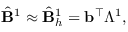
\begin{array} { r } { \hat { \mathbf { B } } ^ { 1 } \approx \hat { \mathbf { B } } _ { h } ^ { 1 } = \mathbf { b } ^ { \top } \mathbb \Lambda ^ { 1 } , } \end{array}